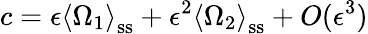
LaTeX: c=\epsilon\left\langle\Omega_{1}\right\rangle_{\mathrm{ss}}+\epsilon^{2}\left\langle\Omega_{2}\right\rangle_{\mathrm{ss}}+O(\epsilon^{3})